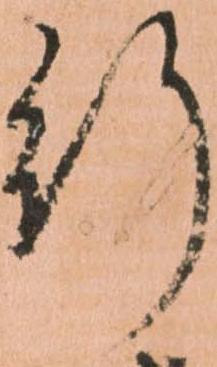
行